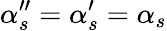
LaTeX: \alpha_{s}^{\prime\prime}=\alpha_{s}^{\prime}=\alpha_{s}